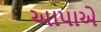
આપાએ